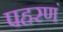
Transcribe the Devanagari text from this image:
पहरणं